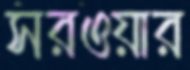
সরওয়ার